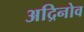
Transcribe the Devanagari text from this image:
अद्रिनोव